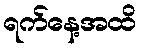
ရက်နေ့အထိ